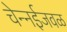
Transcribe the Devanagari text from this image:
चेन्‍नईजवळ